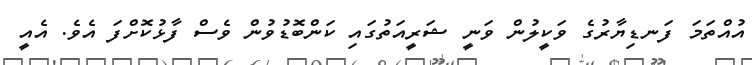
އުއްތަމަ ފަނޑިޔާރުގެ ވަކީލުން ވަނީ ޝަރީއަތުގައި ކަންބޮޑުވުން ވެސް ފާޅުކޮށްފަ އެވެ. އެއީ